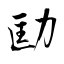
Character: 劻